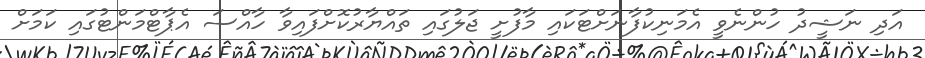
އަދި ނަޝީދު ހުންނެވީ އެމަނިކުފާނަށްޓަކައި މާފުށީ ޖަލުގައި ތައްޔާރުކޮށްފައިވާ ހާއްސަ އެޕާޓްމަންޓުގައި ކަމަށް